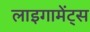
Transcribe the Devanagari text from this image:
लाइगामेंट्स